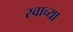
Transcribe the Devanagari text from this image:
स्वाच्या